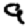
Digit: 9